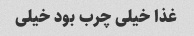
غذا خیلی چرب بود خیلی